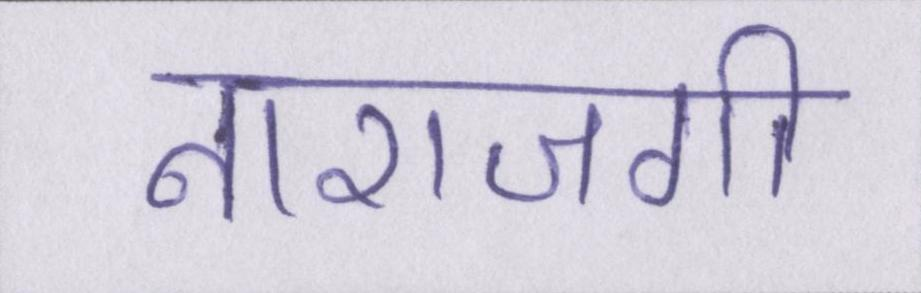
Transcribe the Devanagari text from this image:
नाराजगी